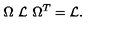
\Omega \ { \cal L } \ \Omega ^ { T } = { \cal L } .